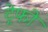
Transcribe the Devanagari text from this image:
ट्रेफो